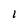
Character: 1